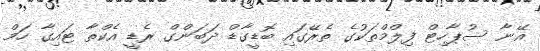
އޭނާ ސުޕާހިޓް ފިލްމްތަކުގެ ތެރޭގައި ބޮޑީގާޑް ދަބަންގް ރެޑީ އެކްތާ ޓައިގާ ހަމް